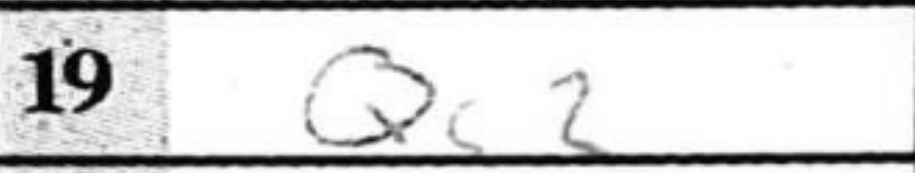
Transcription: Qc2